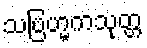
သဗြဟ္မကသုတ္တ